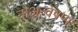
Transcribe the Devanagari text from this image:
नौअन्वेषण